Lunatic asylums in Bengal annual reports 1912-1924 - 1912-1924
Year: 1912
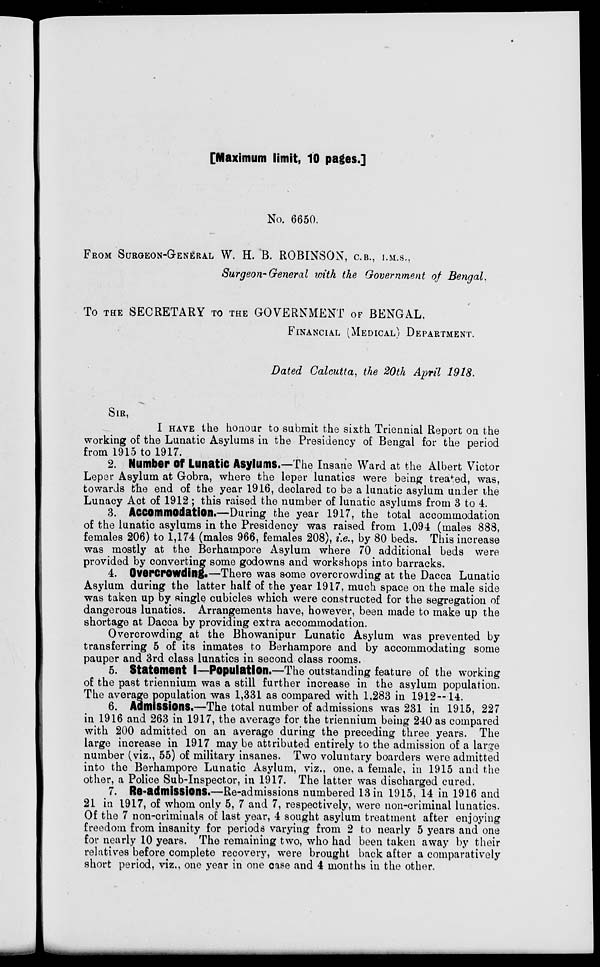
[Maximum limit, 10 pages.]
No. 6650.
FROM SURGEON-GENERAL W. H. B. ROBINSON, C.B., I.M.S.,
Surgeon-General with the Government of Bengal.
To THE SECRETARY TO THE GOVERNMENT OF BENGAL,
FINANCIAL (MSDICAL) DEPARTMENT.
Dated Calcutta, the 20th April 1918.
SIR,
I HAVE the honour to submit the sixth Triennial Report on the
working of the Lunatic Asylums in the Presidency of Bengal for the period
from 1915 to 1917.
2. Number of Lunatic Asylums.—The Insane Ward at the Albert Victor
Leper Asylum at Gobra, where the leper lunatics were being treated, was,
towards the end of the year 1916, declared to be a lunatic asylum under the
Lunacy Act of 1912 ; this raised the number of lunatic asylums from 3 to 4.
3. Accommodation.—During the year 1917, the total accommodation
of the lunatic asylums in the Presidency was raised from 1,094 (males 888,
females 206) to 1,174 (males 966, females 208), i.e., by 80 beds. This increase
was mostly at the Berhampore Asylum where 70 additional beds were
provided by converting some godowns and workshops into barracks.
4. Overcrowding.—There was some overcrowding at the Dacca Lunatic
Asylum during the latter half of the year 1917, much space on the male side
was taken up by single cubicles which were constructed for the segregation of
dangerous lunatics. Arrangements have, however, been made to make up the
shortage at Dacca by providing extra accommodation.
Overcrowding at the Bhowanipur Lunatic Asylum was prevented by
transferring 5 of its inmates to Berhampore and by accommodating some
pauper and 3rd class lunatics in second class rooms.
5. Statement I—Population.—The outstanding feature of the working
of the past triennium was a still further increase in the asylum population.
The average population was 1,331 as compared with 1,283 in 1912—14.
6. Admissions.—The total number of admissions was 231 in 1915, 227
in 1916 and 263 in 1917, the average for the triennium being 240 as compared
with 200 admitted on an average during the preceding three years. The
large increase in 1917 may be attributed entirely to the admission of a large
number (viz., 55) of military insanes. Two voluntary boarders were admitted
into the Berhampore Lunatic Asylum, viz., one, a female, in 1915 and the
other, a Police Sub-Inspector, in 1917. The latter was discharged cured.
7. Re-admissions.—Re-admissions numbered 13 in 1915, 14 in 1916 and
21 in 1917, of whom only 5, 7 and 7, respectively, were non-criminal lunatics.
Of the 7 non-criminals of last year, 4 sought asylum treatment after enjoying
freedom from insanity for periods varying from 2 to nearly 5 years and one
for nearly 10 years. The remaining two, who had been taken away by their
relatives before complete recovery, were brought back after a comparatively
short period, viz., one year in one case and 4 months in the other.